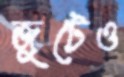
জুটেও